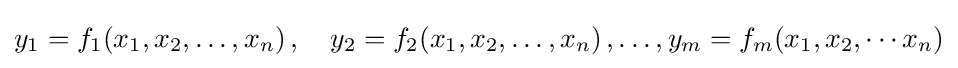
y_{1}=f_{1}(x_{1},x_{2},\ldots ,x_{n})\,,\quad y_{2}=f_{2}(x_{1},x_{2},\ldots ,x_{n})\,,\ldots ,y_{m}=f_{m}(x_{1},x_{2},\cdots x_{n})